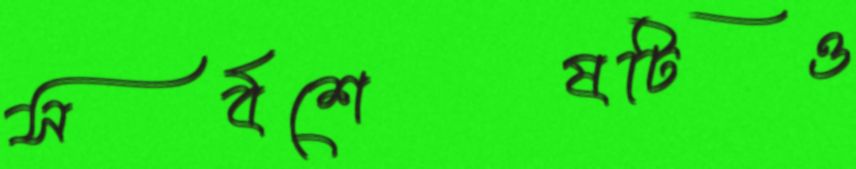
সর্বশেষটিও